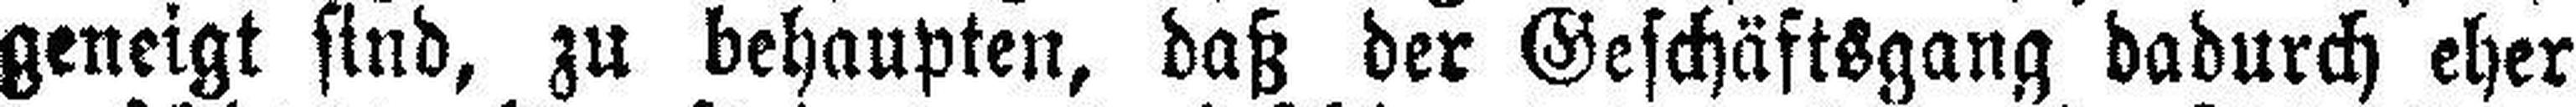
geneigt sind, zu behaupten, daß der Geschäftsgang dadurch eher